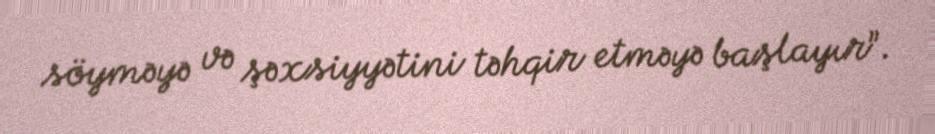
söyməyə və şəxsiyyətini təhqir etməyə başlayır”.